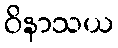
ဝိနာသယ